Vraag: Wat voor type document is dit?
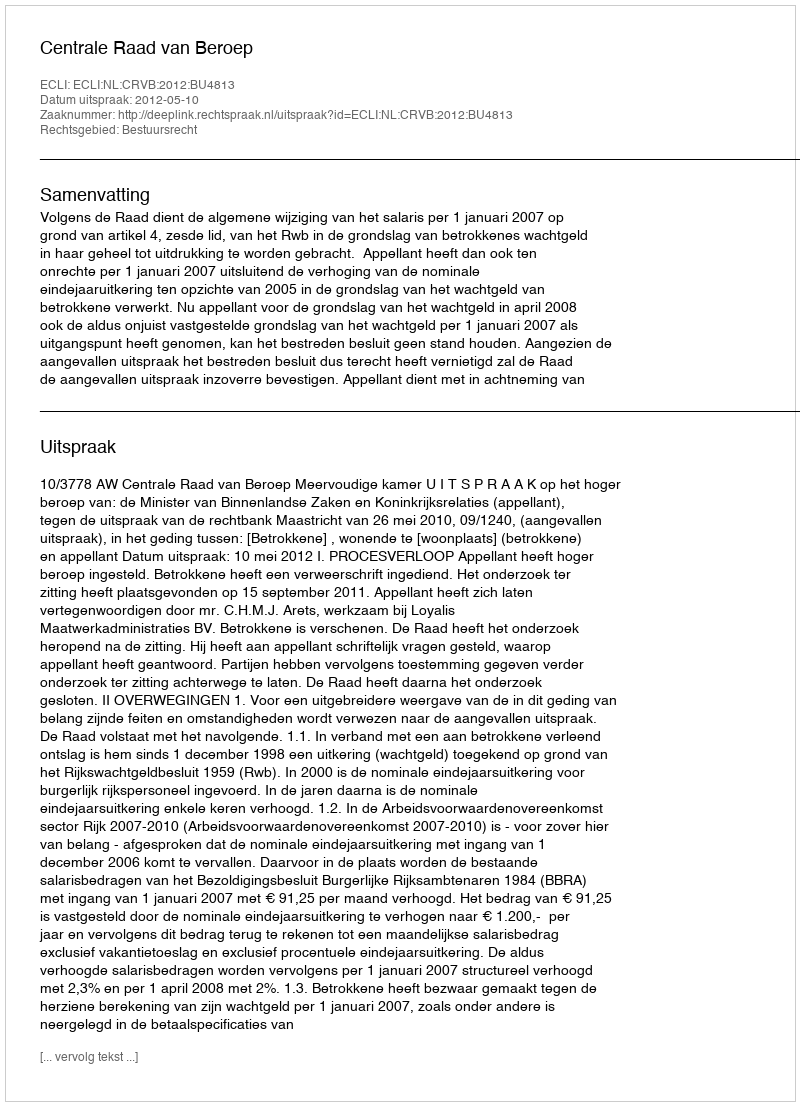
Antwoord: Uitspraak